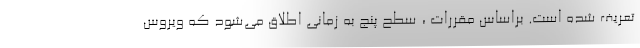
تعریف شده است. براساس مقررات ، سطح پنج به زمانی اطلاق می‌شود که ویروس